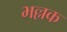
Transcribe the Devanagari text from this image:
भल्लक